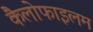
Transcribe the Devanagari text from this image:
कैलोफाइलम